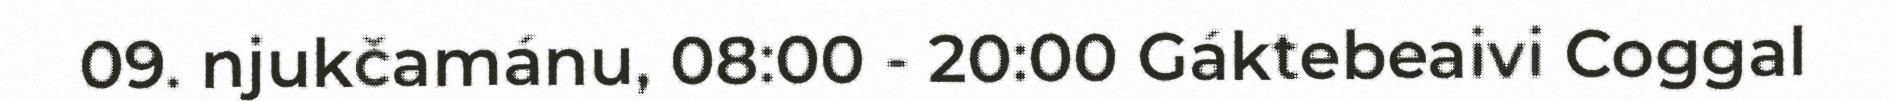
09. njukčamánu, 08:00 - 20:00 Gáktebeaivi Coggal